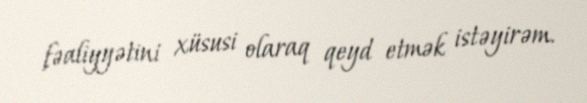
fəaliyyətini xüsusi olaraq qeyd etmək istəyirəm.